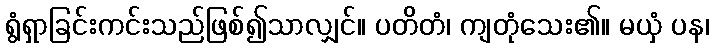
ရွံရှာခြင်းကင်းသည်ဖြစ်၍သာလျှင်။ ပတိတံ၊ ကျတုံသေး၏။ မယှံ ပန၊